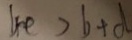
4 e > b + d